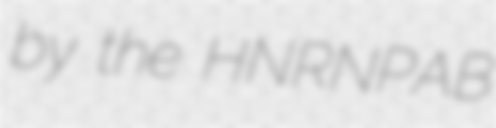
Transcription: by the HNRNPAB